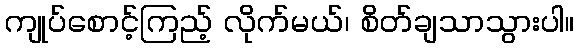
ကျုပ်စောင့်ကြည့် လိုက်မယ်၊ စိတ်ချသာသွားပါ။